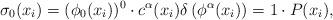
LaTeX: \begin{align*}\sigma_{0}(x_{i}) = (\phi_{0}(x_{i}))^{0}\cdot c^{\alpha}(x_{i}) \delta\left(\phi^{\alpha}(x_{i})\right) = 1\cdot P(x_{i}), \end{align*}